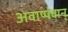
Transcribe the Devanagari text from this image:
अवाष्पवान्‌